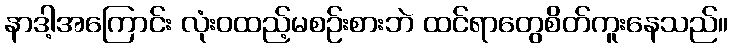
နာဒါ့အကြောင်း လုံးဝထည့်မစဉ်းစားဘဲ ထင်ရာတွေစိတ်ကူးနေသည်။